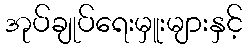
အုပ်ချုပ်ရေးမှူးများနှင့်